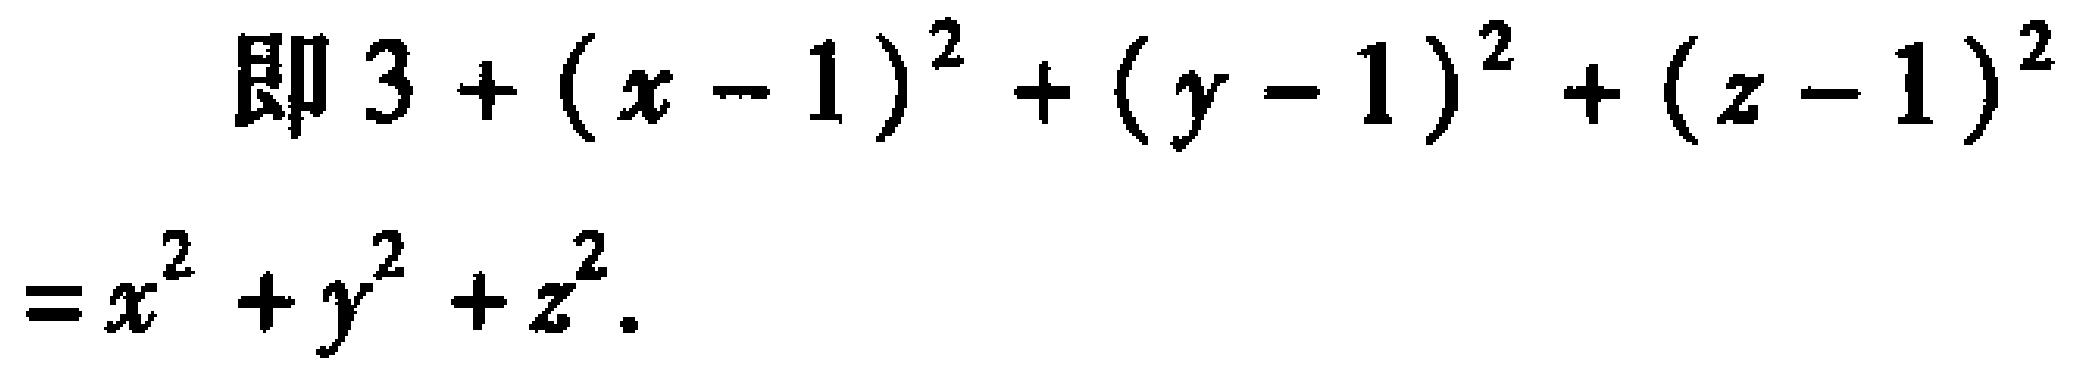
即 \(3 + (x - 1)^2 + (y - 1)^2 + (z - 1)^2=x^2 + y^2 + z^2\)。